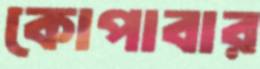
কোপাবার